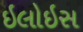
ઇલોઇસ